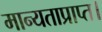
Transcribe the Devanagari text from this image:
मान्यताप्राप्त।